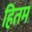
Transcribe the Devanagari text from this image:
हितम